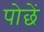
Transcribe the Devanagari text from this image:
पोछें